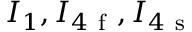
I _ { 1 } , I _ { 4 \mathrm { ~ f ~ } } , I _ { 4 \mathrm { ~ s ~ } }